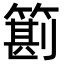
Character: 䉇